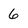
Character: 6